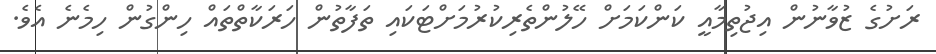
ރަށުގެ ޒުވާނުން އިޖުތިމާއީ ކަންކަމަށް ހޭލުންތެރިކުރުމަށްޓަކައި ތަފާތުން ހަރަކާތްތައް ހިންގުން ހިމެނެ އެވެ.